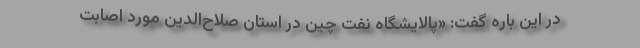
در این باره گفت: «پالایشگاه نفت چین در استان صلاح‌الدین مورد اصابت